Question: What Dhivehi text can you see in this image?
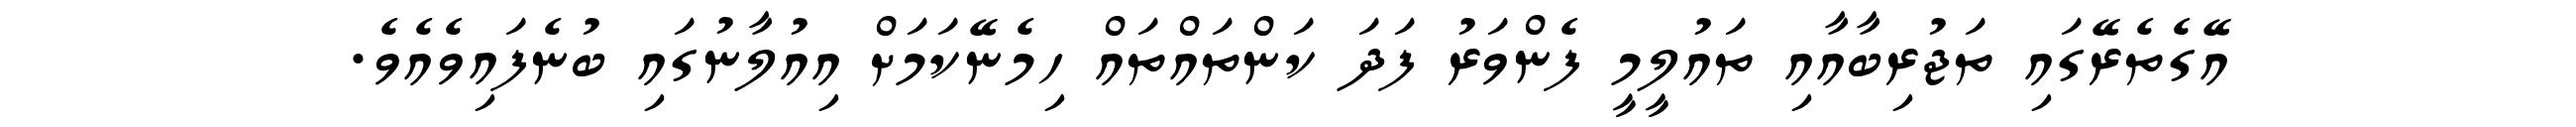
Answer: އޭގެތެރޭގައި ތަޖުރިބާއާއި ތައުލީމީ ފެންވަރު ފަދަ ކަންތައްތައް ހިމެނޭކަމަށް އިއުލާނުގައި ބުނެފައިވެއެވެ.